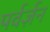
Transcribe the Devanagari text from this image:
पर्वर्ज़न